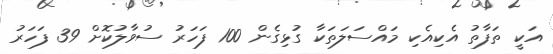
އަކީ ތަފާތު އެކިއެކި މައްސަލަތަކާ ގުޅިގެން 100 ފަހަރު ސުވާލުކޮށް 39 ފަހަރު